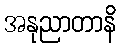
အနုညာတာနိ